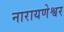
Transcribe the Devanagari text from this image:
नारायणेश्वर